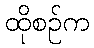
ထိုစဉ်က